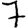
Digit: 7